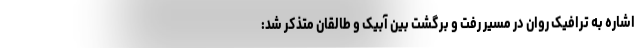
اشاره به ترافیک روان در مسیر رفت و برگشت بین آبیک و طالقان متذکر شد: